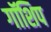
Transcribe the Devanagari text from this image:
गॉशिप